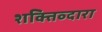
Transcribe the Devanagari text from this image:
शक्तिव्दारा